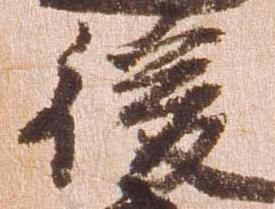
後